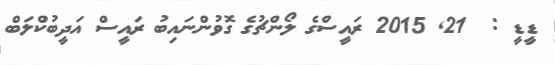
ޑީޑީ :  21